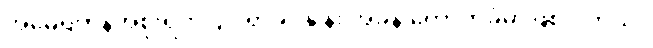
အမေရိကန်အစိုးရက ၄၀ ရာခိုင်နှုန်း အခွန် ကောက်ခံမှာဖြစ်ပါတယ်။